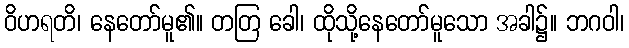
ဝိဟရတိ၊ နေတော်မူ၏။ တတြ ခေါ၊ ထိုသို့နေတော်မူသော အခါ၌။ ဘဂဝါ၊